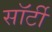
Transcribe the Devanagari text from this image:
साॅर्टी